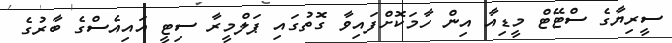
ސީރިޔާގެ ސްޓޭޓް މީޑިއާ އިން ހާމަކޮށްފައިވާ ގޮތުގައި ޕަލްމީރާ ސިޓީ އައިއެސްގެ ބާރުގެ